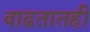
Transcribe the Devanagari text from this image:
वाढतातही